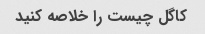
کاگل چیست را خلاصه کنید